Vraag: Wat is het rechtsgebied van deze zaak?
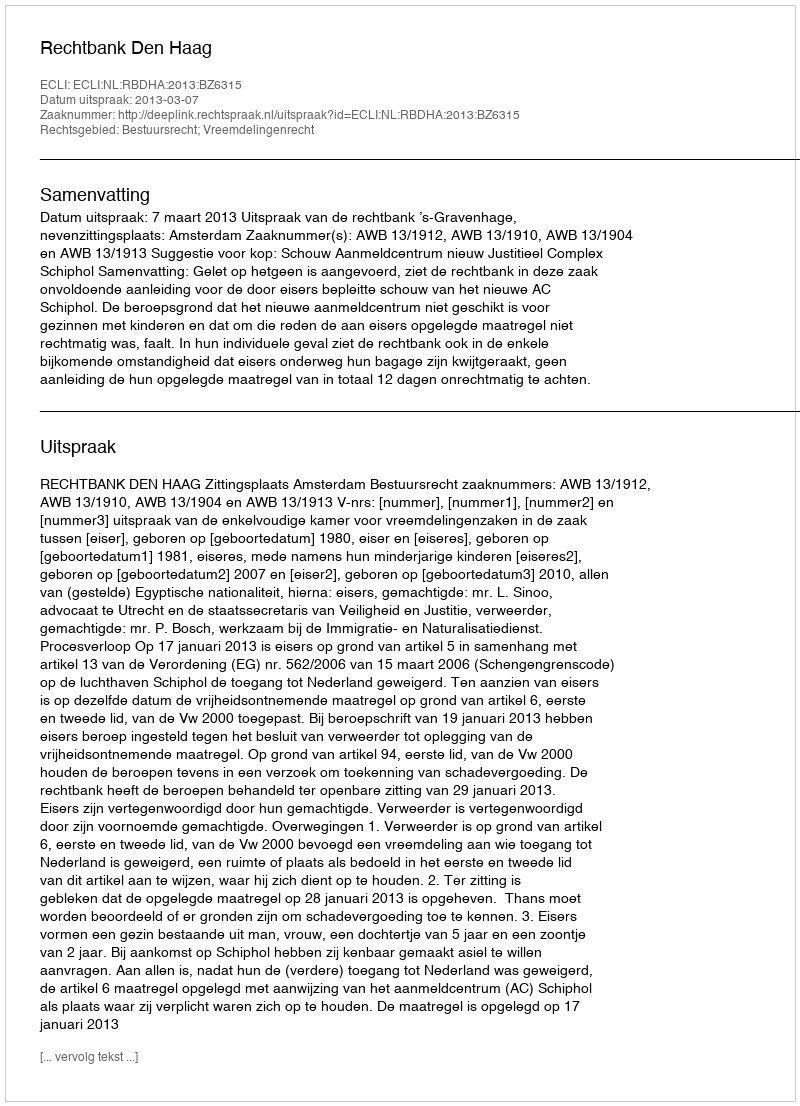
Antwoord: Bestuursrecht; Vreemdelingenrecht